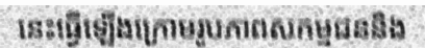
នេះធ្វើឡើងក្រោមរូបភាពសកម្មជននិង